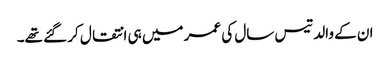
ان کے والد تیس سال کی عمر میں ہی انتقال کر گئے تھے۔